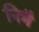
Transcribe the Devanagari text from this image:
निभै